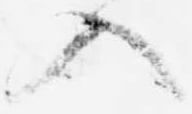
入